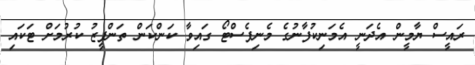
ރައީސް ޔާމީން އެދަނީ އެމަނިކުފާނުގެ މެނިފެސްޓޯ ގައިވާ ކަންކަން ތަންފީޒު ކުރުމަށް ޓަކައި